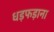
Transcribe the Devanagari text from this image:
धड़फड़ाना